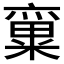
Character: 𱹙